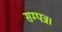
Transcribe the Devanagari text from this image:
सम्पन्न।